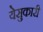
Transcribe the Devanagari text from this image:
येसुकारी